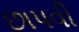
છાપવી